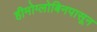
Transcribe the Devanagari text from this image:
हीमोग्लोबिनपासून